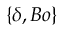
\{ \delta , B o \}